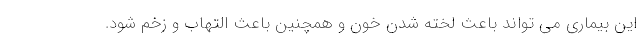
این بیماری می تواند باعث لخته شدن خون و همچنین باعث التهاب و زخم شود.